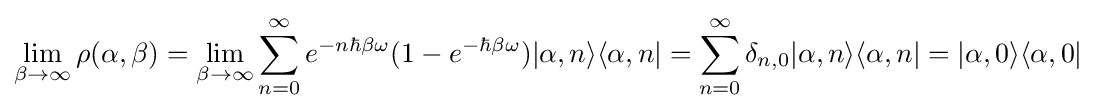
\lim _{\beta \to \infty }\rho (\alpha ,\beta )=\lim _{\beta \to \infty }\sum _{n=0}^{\infty }e^{-n\hbar \beta \omega }(1-e^{-\hbar \beta \omega })|\alpha ,n\rangle \langle \alpha ,n|=\sum _{n=0}^{\infty }\delta _{n,0}|\alpha ,n\rangle \langle \alpha ,n|=|\alpha ,0\rangle \langle \alpha ,0|